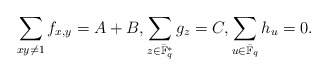
\begin{align*}\sum_{x y\ne 1}f_{x,y}=A+B, \sum_{z\in \bar{\mathbb{F}}^*_q} g_{z}=C, \sum_{u\in \bar{\mathbb{F}}_q} h_{u}= 0.\end{align*}